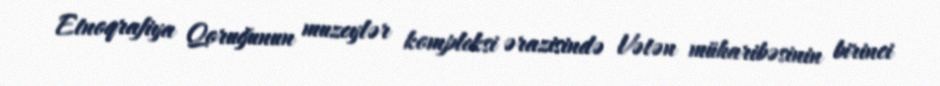
Etnoqrafiya Qoruğunun muzeylər kompleksi ərazisində Vətən müharibəsinin birinci